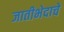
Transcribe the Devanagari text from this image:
जातीभेदाचे